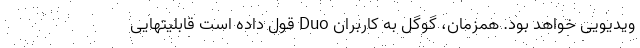
ویدیویی خواهد بود. همزمان، گوگل به کاربران Duo قول داده است قابلیتهایی